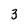
Character: 3